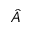
\hat { A }